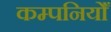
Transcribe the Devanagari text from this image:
कम्पनियोँ